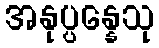
အနုပ္ပန္နေသု